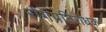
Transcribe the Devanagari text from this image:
रोगप्रतिरोधक